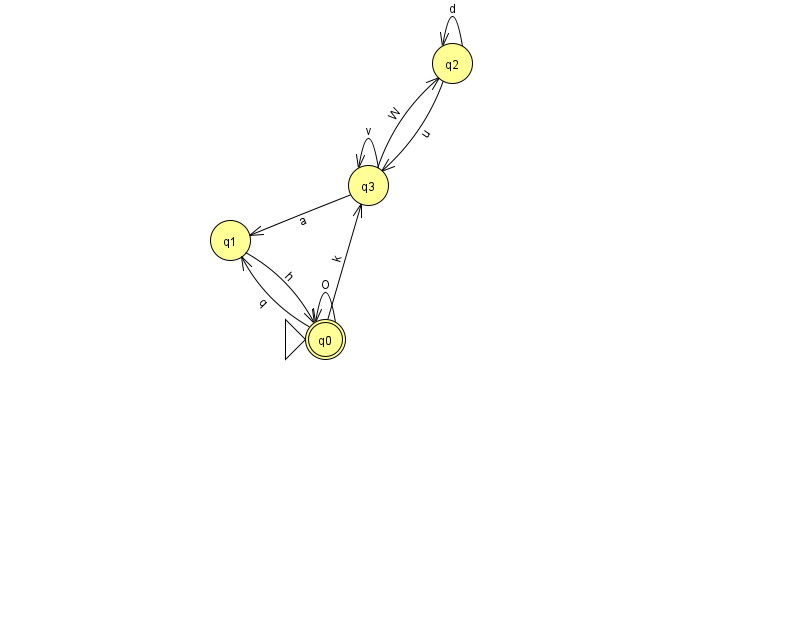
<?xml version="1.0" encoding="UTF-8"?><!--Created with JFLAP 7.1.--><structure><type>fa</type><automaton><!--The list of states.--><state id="0" name="q0"><x>325.0</x><y>326.0</y><initial/><final/></state><state id="1" name="q1"><x>230.0</x><y>227.0</y></state><state id="2" name="q2"><x>452.0</x><y>50.0</y></state><state id="3" name="q3"><x>368.0</x><y>172.0</y></state><!--The list of transitions.--><transition><from>3</from><to>1</to><read>a</read></transition><transition><from>2</from><to>2</to><read>d</read></transition><transition><from>0</from><to>3</to><read>k</read></transition><transition><from>1</from><to>0</to><read>h</read></transition><transition><from>3</from><to>3</to><read>v</read></transition><transition><from>3</from><to>2</to><read>W</read></transition><transition><from>2</from><to>3</to><read>u</read></transition><transition><from>0</from><to>0</to><read>O</read></transition><transition><from>0</from><to>1</to><read>q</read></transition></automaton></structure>